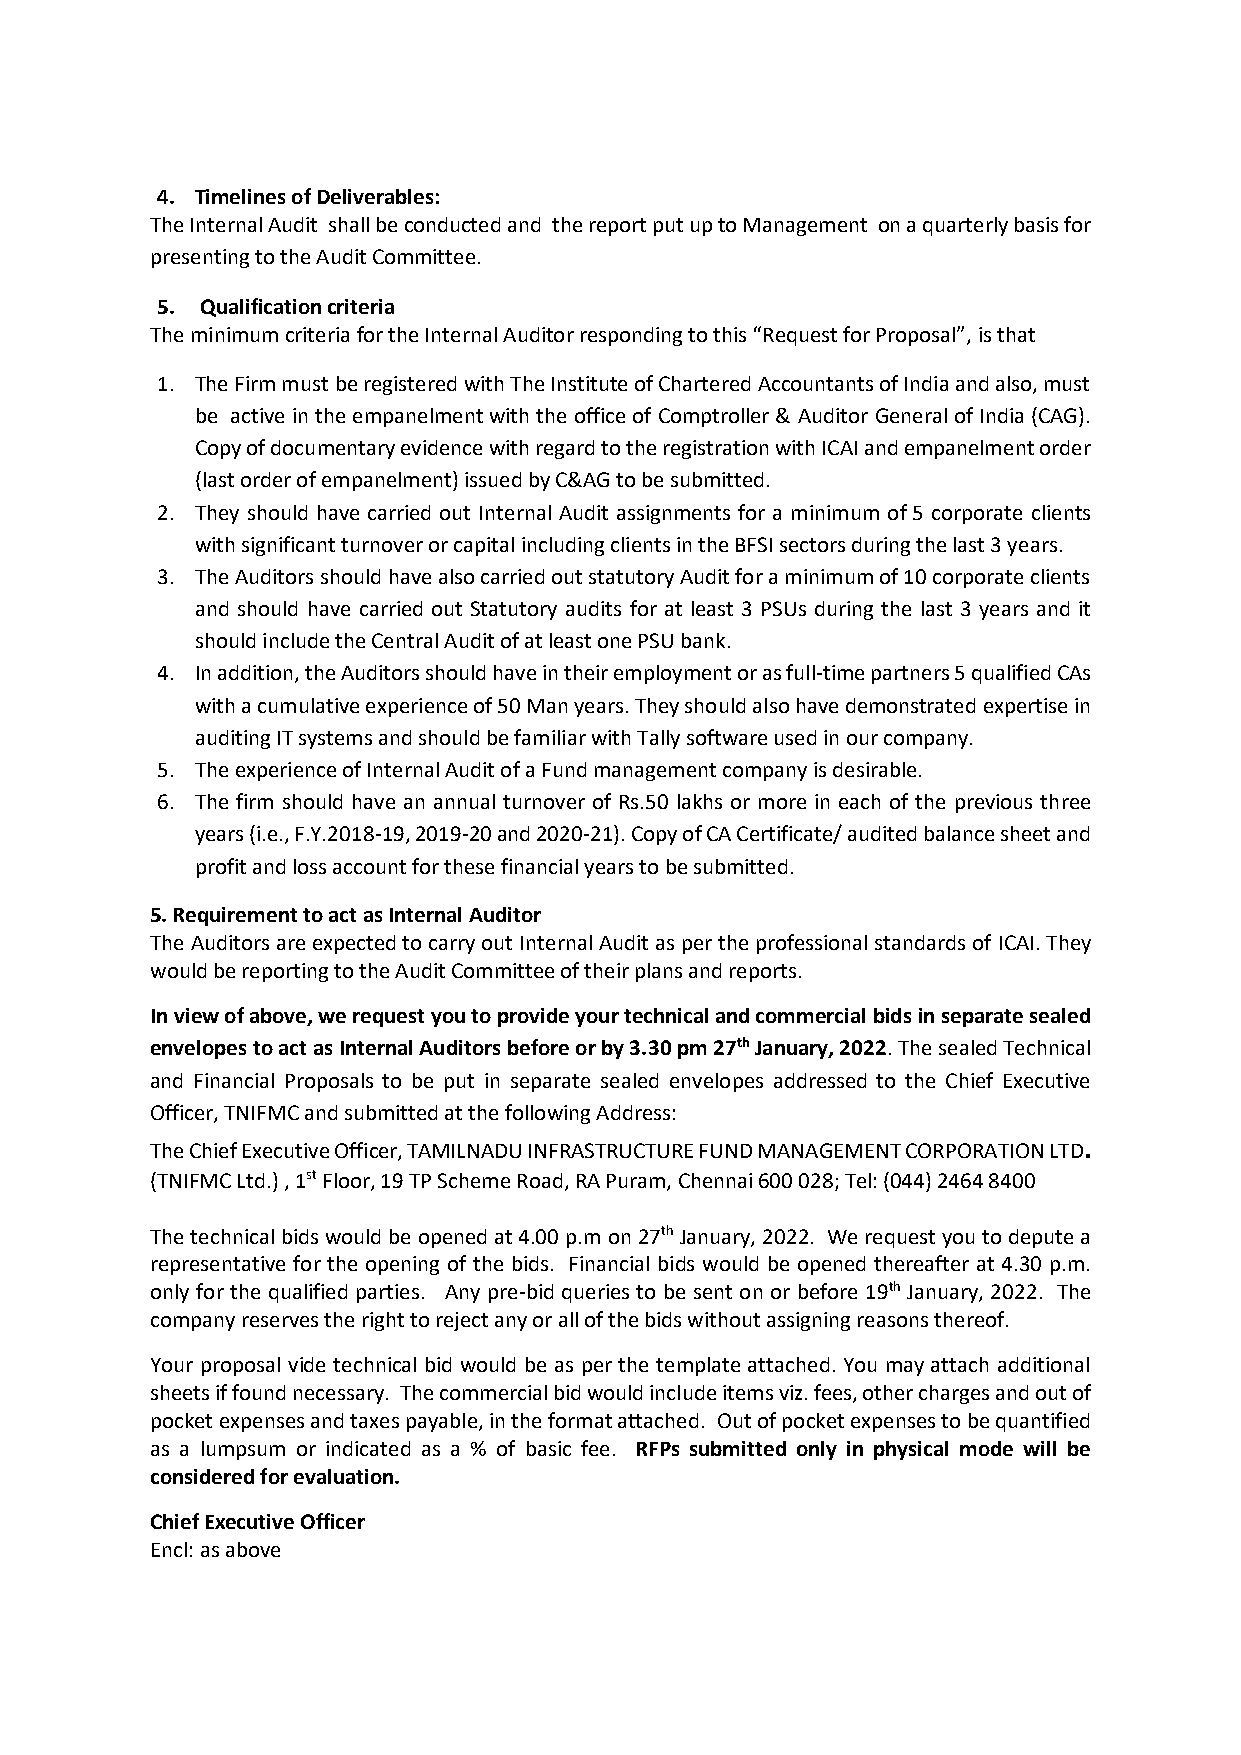
4. Timelines of Deliverables:
 The Internal Audit shall be conducted and the report put up to Management on a quarterly basis for
 presenting to the Audit Committee.
 5. Qualification criteria
 The minimum criteria for the Internal Auditor responding to this “Request for Proposal”, is that
 1. The Firm must be registered with The Institute of Chartered Accountants of India and also, must
 be active in the empanelment with the office of Comptroller & Auditor General of India (CAG).
 Copy of documentary evidence with regard to the registration with ICAI and empanelment order
 (last order of empanelment) issued by C&AG to be submitted.
 2. They should have carried out Internal Audit assignments for a minimum of 5 corporate clients
 with significant turnover or capital including clients in the BFSI sectors during the last 3 years.
 3. The Auditors should have also carried out statutory Audit for a minimum of 10 corporate clients
 and should have carried out Statutory audits for at least 3 PSUs during the last 3 years and it
 should include the Central Audit of at least one PSU bank.
 4. In addition, the Auditors should have in their employment or as full-time partners 5 qualified CAs
 with a cumulative experience of 50 Man years. They should also have demonstrated expertise in
 auditing IT systems and should be familiar with Tally software used in our company.
 5. The experience of Internal Audit of a Fund management company is desirable.
 6. The firm should have an annual turnover of Rs.50 lakhs or more in each of the previous three
 years (i.e., F.Y.2018-19, 2019-20 and 2020-21). Copy of CA Certificate/ audited balance sheet and
 profit and loss account for these financial years to be submitted.
 5. Requirement to act as Internal Auditor
 The Auditors are expected to carry out Internal Audit as per the professional standards of ICAI. They
 would be reporting to the Audit Committee of their plans and reports.
 In view of above, we request you to provide your technical and commercial bids in separate sealed
 envelopes to act as Internal Auditors before or by 3.30 pm 27th January, 2022. The sealed Technical
 and Financial Proposals to be put in separate sealed envelopes addressed to the Chief Executive
 Officer, TNIFMC and submitted at the following Address:
 The Chief Executive Officer, TAMILNADU INFRASTRUCTURE FUND MANAGEMENT CORPORATION LTD.
 (TNIFMC Ltd.) , 1st Floor, 19 TP Scheme Road, RA Puram, Chennai 600 028; Tel: (044) 2464 8400
 The technical bids would be opened at 4.00 p.m on 27th January, 2022. We request you to depute a
 representative for the opening of the bids. Financial bids would be opened thereafter at 4.30 p.m.
 only for the qualified parties. Any pre-bid queries to be sent on or before 19th January, 2022. The
 company reserves the right to reject any or all of the bids without assigning reasons thereof.
 Your proposal vide technical bid would be as per the template attached. You may attach additional
 sheets if found necessary. The commercial bid would include items viz. fees, other charges and out of
 pocket expenses and taxes payable, in the format attached. Out of pocket expenses to be quantified
 as a lumpsum or indicated as a % of basic fee. RFPs submitted only in physical mode will be
 considered for evaluation.
 Chief Executive Officer
 Encl: as above